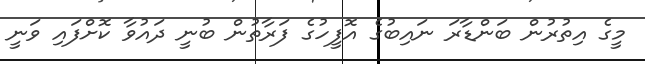
މީގެ އިތުރުން ބަންޑާރަ ނައިބުގެ އޮފީހުގެ ފަރާތުން ބުނީ ދައުވާ ކޮށްފައި ވަނީ